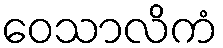
ဝေသာလိကံ